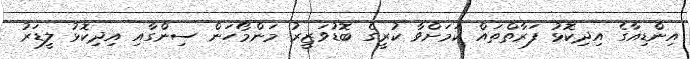
އިންޑިއާގެ އިދިކޮޅު ފަރާތްތައް ކަމަށްވާ ކުރީގެ ބޮޑުވަޒީރު މަންމޯހަން ސިންގާއި އިދިކޮޅު ލީޑަރު